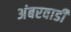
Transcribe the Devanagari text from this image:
अंबरवाडी